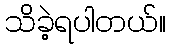
သိခဲ့ရပါတယ်။